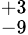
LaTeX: ^{+3}_{-9}